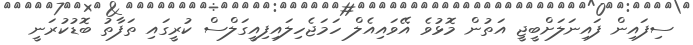
ސިފައިން ފައިނަލަށްބީޖީ އަތުން މޮޅުވެ އޭވައިއެލް ހަމަޖެހިލައިފިއީގަލްސް ކުރީގައި ތަފާތު ބޮޑުކުރަނީ